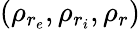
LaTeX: (\rho_{r_{e}},\rho_{r_{i}},\rho_{r})